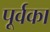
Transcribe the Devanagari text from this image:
पूर्वका